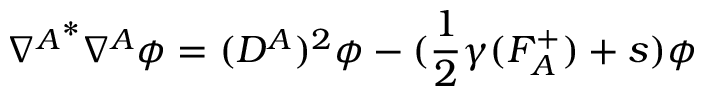
{ \nabla ^ { A } } ^ { * } \nabla ^ { A } \phi = ( D ^ { A } ) ^ { 2 } \phi - ( { \frac { 1 } { 2 } } \gamma ( F _ { A } ^ { + } ) + s ) \phi